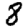
Digit: 8